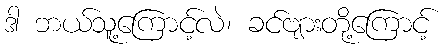
ဒါ ဘယ်သူ့ကြောင့်လဲ၊ ခင်ဗျားတို့ကြောင့်